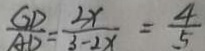
\frac { G D } { A D } = \frac { 3 x } { 3 - 2 x } = \frac { 4 } { 5 }